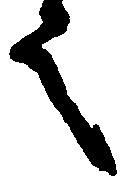
言